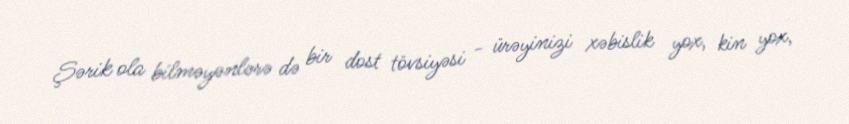
Şərik ola bilməyənlərə də bir dost tövsiyəsi - ürəyinizi xəbislik yox, kin yox,